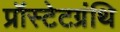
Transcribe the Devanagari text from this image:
प्रॉस्टेटग्रंथि